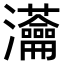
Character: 𤅢